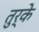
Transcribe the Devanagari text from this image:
तुर्के